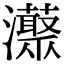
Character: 𤄓